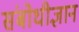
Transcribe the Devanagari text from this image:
संबोधीज्ञान